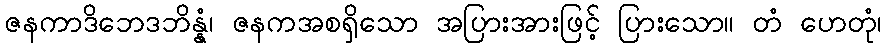
ဇနကာဒိဘေဒဘိန္နံ၊ ဇနကအစရှိသော အပြားအားဖြင့် ပြားသော။ တံ ဟေတုံ၊